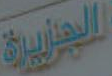
الجزيرة